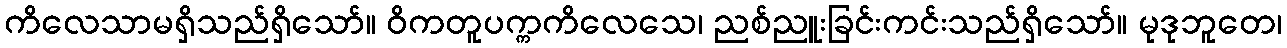
ကိလေသာမရှိသည်ရှိသော်။ ဝိကတူပက္ကကိလေသေ၊ ညစ်ညူးခြင်းကင်းသည်ရှိသော်။ မုဒုဘူတေ၊